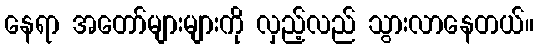
နေရာ အတော်များများကို လှည့်လည် သွားလာနေတယ်။